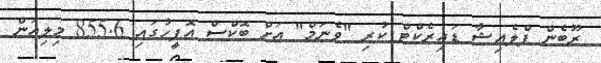
ރޫބެން ފްލެއިޝާ ޑައިރެކްޓް ކުރި "ވެނަމް" އަށް ބޮކްސް އޮފީހުގައި 855.6 މިލިއަން